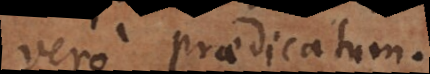
vero praedicatum.